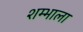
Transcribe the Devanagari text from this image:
शम्भाला